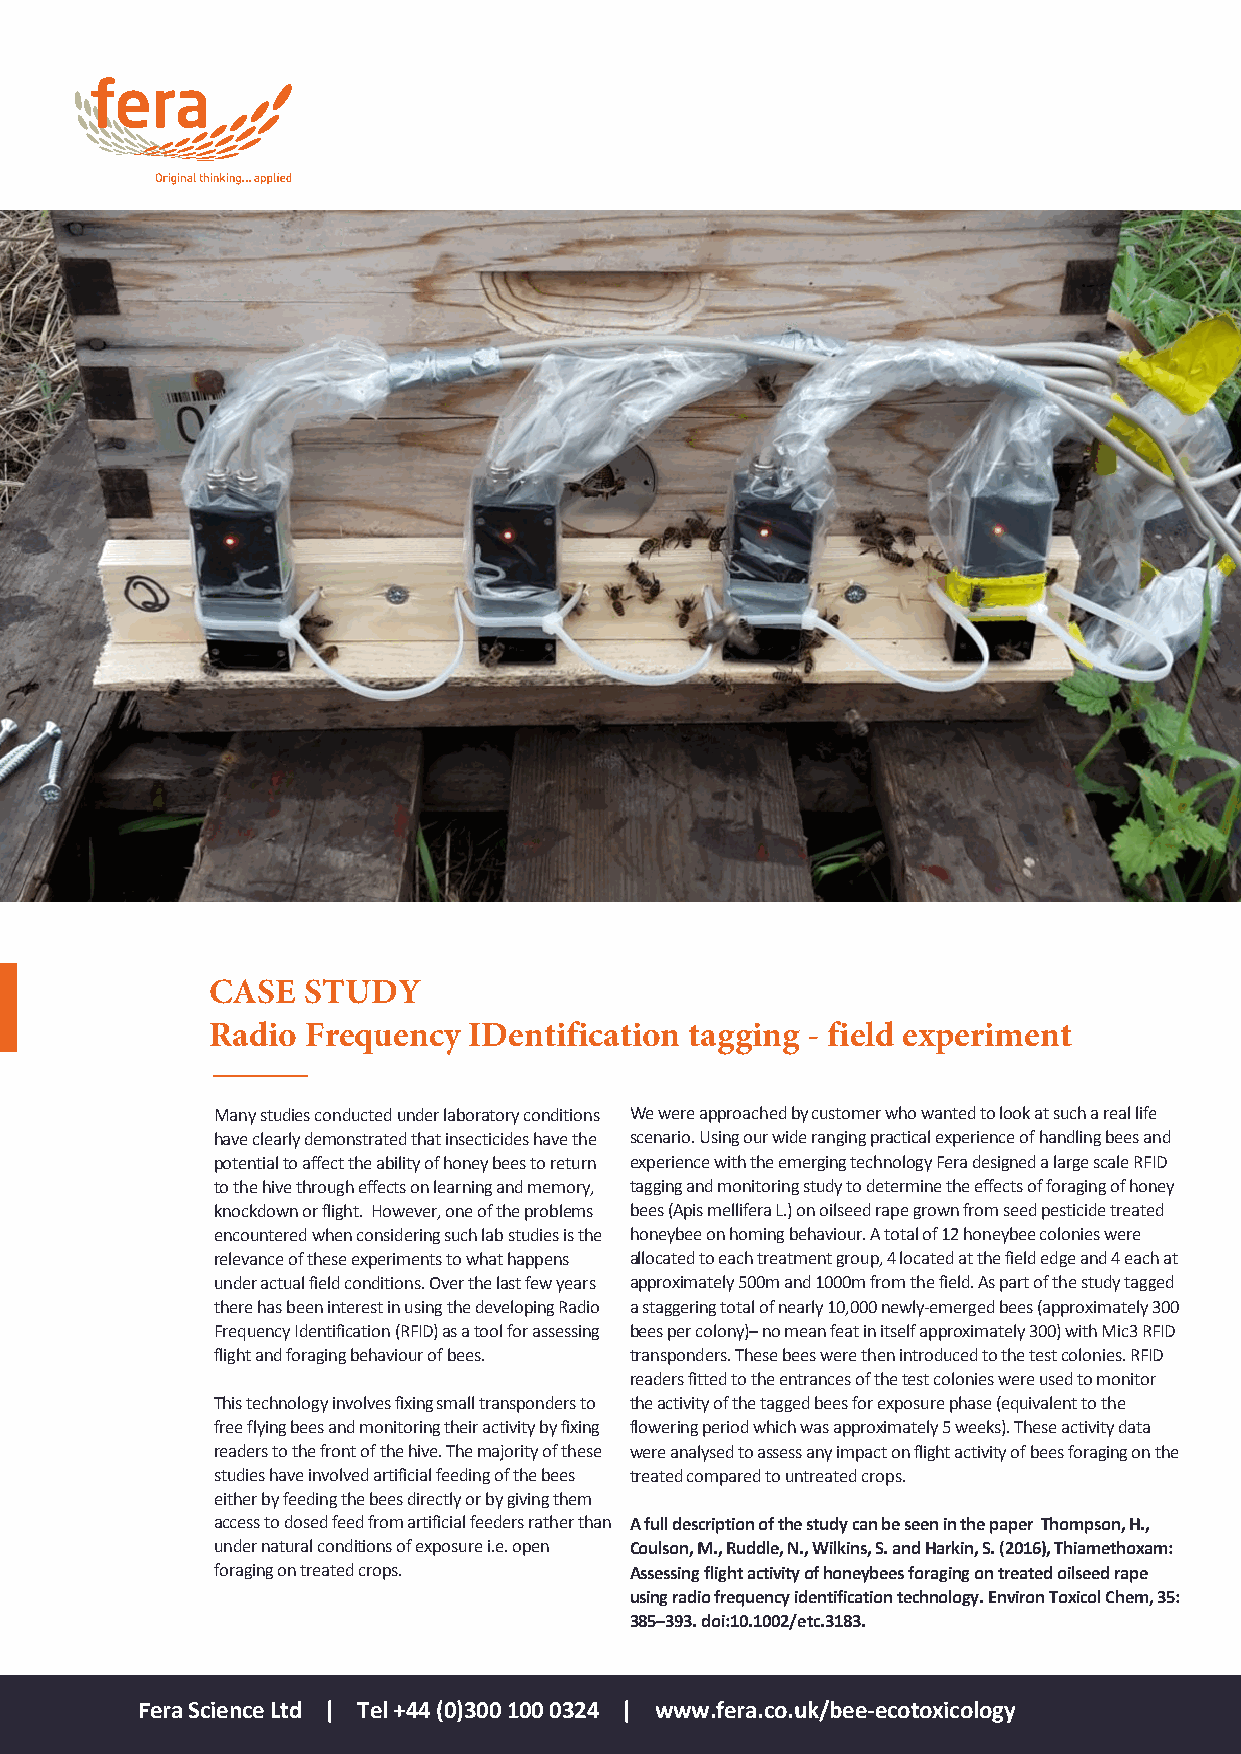
CASE  STUDY
 Radio Frequency  IDentification tagging - field experiment
 Many studies conducted under laboratory conditions We were approached by customer who wanted to look at such a real life
 have clearly demonstrated that insecticides have the scenario. Using our wide ranging practical experience of handling bees and
 potential to affect the ability of honey bees to return experience with the emerging technology Fera designed a large scale RFID
 to the hive through effects on learning and memory, tagging and monitoring study to determine the effects of foraging of honey
 knockdown or flight. However, one of the problems bees (Apis mellifera L.) on oilseed rape grown from seed pesticide treated
 encountered when considering such lab studies is the honeybee on homing behaviour. A total of 12 honeybee colonies were
 relevance of these experiments to what happens allocated to each treatment group, 4 located at the field edge and 4 each at
 under actual field conditions. Over the last few years approximately 500m and 1000m from the field. As part of the study tagged
 there has been interest in using the developing Radio a staggering total of nearly 10,000 newly-emerged bees (approximately 300
 Frequency Identification (RFID) as a tool for assessing bees per colony)– no mean feat in itself approximately 300) with Mic3 RFID
 flight and foraging behaviour of bees. transponders. These bees were then introduced to the test colonies. RFID
 readers fitted to the entrances of the test colonies were used to monitor
 This technology involves fixing small transponders to the activity of the tagged bees for exposure phase (equivalent to the
 free flying bees and monitoring their activity by fixing flowering period which was approximately 5 weeks). These activity data
 readers to the front of the hive. The majority of these were analysed to assess any impact on flight activity of bees foraging on the
 studies have involved artificial feeding of the bees treated compared to untreated crops.
 either by feeding the bees directly or by giving them
 access to dosed feed from artificial feeders rather than A full description of the study can be seen in the paper Thompson, H.,
 under natural conditions of exposure i.e. open Coulson, M., Ruddle, N., Wilkins, S. and Harkin, S. (2016), Thiamethoxam:
 foraging on treated crops.  Assessing flight activity of honeybees foraging on treated oilseed rape
 using radio frequency identification technology. Environ Toxicol Chem, 35:
 385–393. doi:10.1002/etc.3183.
 Fera Science Ltd | Tel +44 (0)300 100 0324 | www.fera.co.uk/bee-ecotoxicology